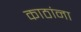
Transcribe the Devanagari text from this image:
काठांना